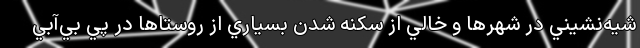
شيه‌نشيني در شهرها و خالي از سكنه شدن بسياري از روستاها در پي بي‌آبي